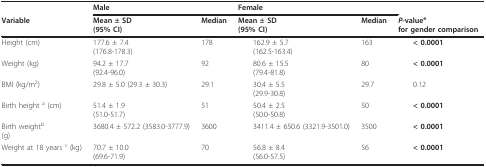
<table><thead><tr><td></td><td colspan="2"><b>Male</b></td><td colspan="2"><b>Female</b></td><td></td></tr><tr><td><b>Variable</b></td><td><b>Mean ± SD(95% CI)</b></td><td><b>Median</b></td><td><b> Mean ± SD(95% CI)</b></td><td><b>Median</b></td><td><b> <i>P</i>-value<sup>e</sup>for gender comparison</b></td></tr></thead><tbody><tr><td>Height (cm)</td><td>177.6 ± 7.4(176.8-178.3)</td><td>178</td><td> 162.9 ± 5.7(162.5-163.4)</td><td>163</td><td> <b>&lt; 0.0001</b></td></tr><tr><td>Weight (kg)</td><td>94.2 ± 17.7(92.4-96.0)</td><td>92</td><td> 80.6 ± 15.5(79.4-81.8)</td><td>80</td><td> <b>&lt; 0.0001</b></td></tr><tr><td>BMI (kg/m<sup>2</sup>)</td><td>29.8 ± 5.0 (29.3 ± 30.3)</td><td>29.1</td><td> 30.4 ± 5.5(29.9-30.8)</td><td>29.7</td><td> 0.12</td></tr><tr><td>Birth height <sup>a </sup>(cm)</td><td>51.4 ± 1.9(51.0-51.7)</td><td>51</td><td> 50.4 ± 2.5(50.0-50.8)</td><td>50</td><td> <b>&lt; 0.0001</b></td></tr><tr><td>Birth weight<sup>b</sup>(g)</td><td>3680.4 ± 572.2 (3583.0-3777.9)</td><td>3600</td><td> 3411.4 ± 650.6 (3321.9-3501.0)</td><td>3500</td><td> <b>&lt; 0.0001</b></td></tr><tr><td>Weight at 18 years <sup>c </sup>(kg)</td><td>70.7 ± 10.0(69.6-71.9)</td><td>70</td><td> 56.8 ± 8.4(56.0-57.5)</td><td>56</td><td> <b>&lt; 0.0001</b></td></tr></tbody></table>